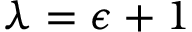
\lambda = \epsilon + 1